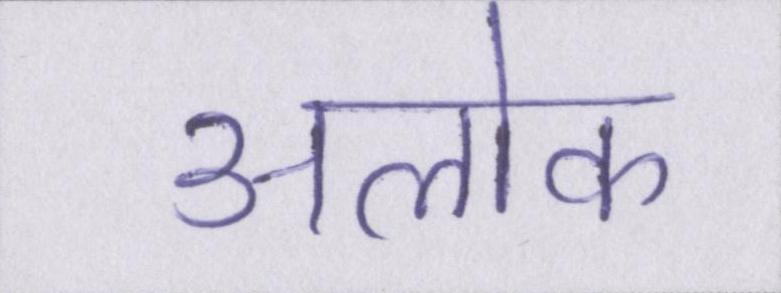
अलोक